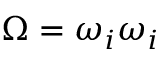
\Omega = \omega _ { i } \omega _ { i }